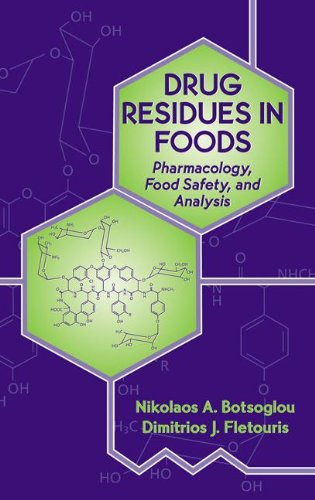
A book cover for Drug Residues in Foods: Pharmacology: Food Safety, and Analysis (Food Science and Technology); Medical Books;